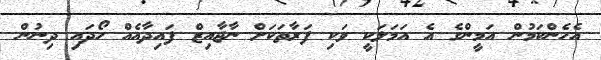
އެހެންކަމުން އަމީންގެ އެ އަމަލަކީ ވަކި ފަރާތަކަށް ނާޖާއިޒް ފައިދާއެއް ހޯދައި ދިނުން